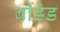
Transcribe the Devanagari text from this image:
बौंडेड